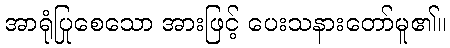
အာရုံပြုစေသော အားဖြင့် ပေးသနားတော်မူ၏။